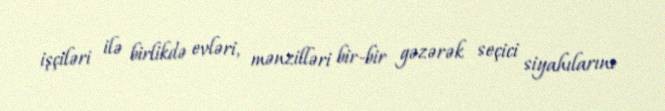
işçiləri ilə birlikdə evləri, mənzilləri bir-bir gəzərək seçici siyahılarını